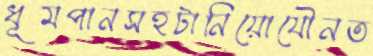
ধূমপানসহটানিয়োযৌনত